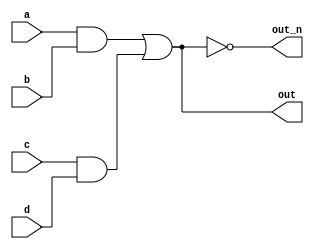
/*
Declaring wires
The circuits so far have been simple enough that the outputs are simple functions of the inputs. 
As circuits become more complex, you will need wires to connect internal components together. 
When you need to use a wire, you should declare it in the body of the module, 
somewhere before it is first used. (In the future, 
you will encounter more types of signals and variables that are also declared the same way, 
but for now, we'll start with a signal of type wire).
*/

`default_nettype none
module top_module(
    input a,
    input b,
    input c,
    input d,
    output out,
    output out_n   ); 

    wire aAndB;
    wire cAndD;
    wire AnBorCnD;

    assign aAndB = a&b;
    assign cAndD = c&d;
    assign AnBorCnD = aAndB|cAndD;

    assign out = AnBorCnD;
    assign out_n = ~AnBorCnD;

endmodule